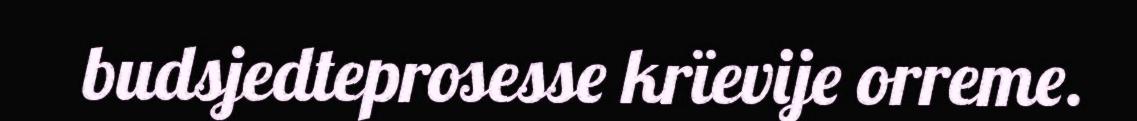
budsjedteprosesse krïevije orreme.